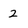
Character: 2